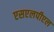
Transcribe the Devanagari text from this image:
एसएलपीएल